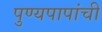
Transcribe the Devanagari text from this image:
पुण्यपापांची